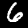
Label: 6